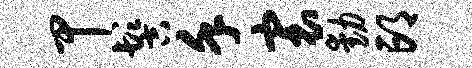
甲髻堇寰动邙